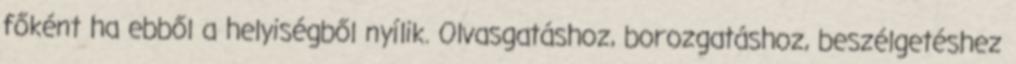
főként ha ebből a helyiségből nyílik. Olvasgatáshoz, borozgatáshoz, beszélgetéshez